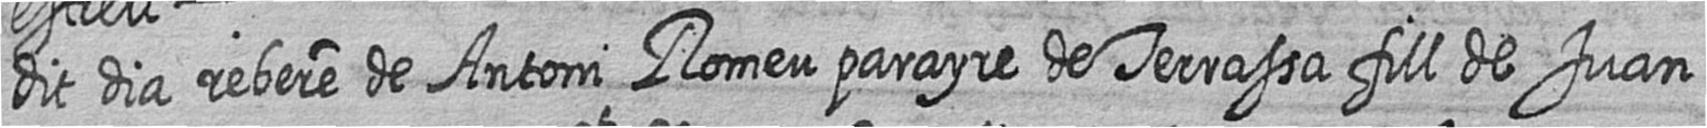
dit dia rebere de Antoni Romeu parayre de Terrassa fill de Juan